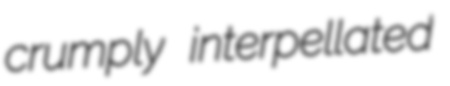
crumply interpellated